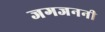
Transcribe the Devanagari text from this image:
जगजननी